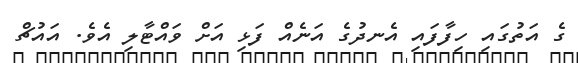
ގެ އަތުގައި ހިފާފައި އެނދުގެ އަނެއް ފަޅި އަށް ވައްޓާލި އެވެ. އައުޗް